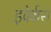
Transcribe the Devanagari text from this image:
इवेर्कस